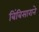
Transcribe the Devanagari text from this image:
बिंबिसाराने